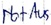
Text: Not-Aus